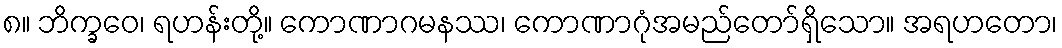
၈။ ဘိက္ခဝေ၊ ရဟန်းတို့။ ကောဏာဂမနဿ၊ ကောဏာဂုံအမည်တော်ရှိသော။ အရဟတော၊